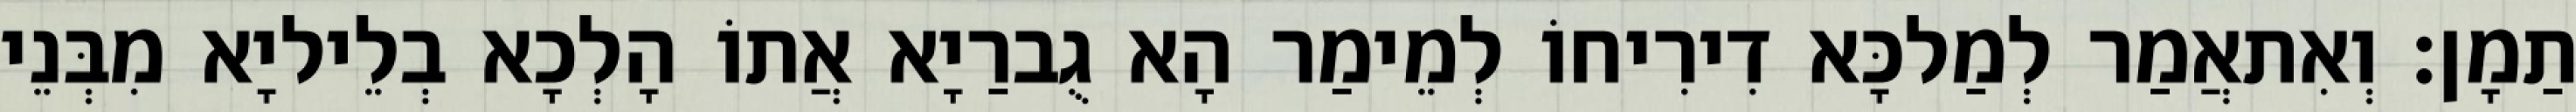
תַמָן׃ וְאִתאֲמַר לְמַלכָּא דִירִיחוֹ לְמֵימַר הָא גֻברַיָא אֲתוֹ הָלְכָא בְלֵיליָא מִבְּנֵי